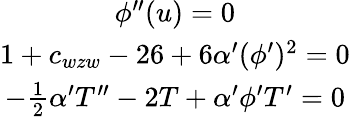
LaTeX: \begin{array}{c}{{\phi^{\prime\prime}(u)=0}}\\ {{1+c_{wzw}-26+6\alpha^{\prime}(\phi^{\prime})^{2}=0}}\\ {{-\frac{1}{2}\alpha^{\prime}T^{\prime\prime}-2T+\alpha^{\prime}\phi^{\prime}T^{\prime}=0}}\end{array}